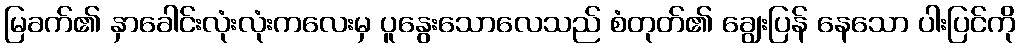
မြခက်၏ နှာခေါင်းလုံးလုံးကလေးမှ ပူနွေးသောလေသည် စံတုတ်၏ ချွေးပြန် နေသော ပါးပြင်ကို